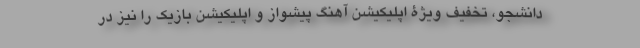
دانشجو، تخفیف ویژۀ اپلیکیشن آهنگ پیشواز و اپلیکیشن بازیک را نیز در